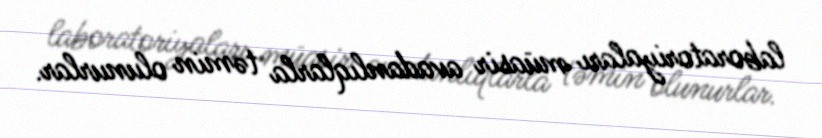
laboratoriyaları müasir avadanlıqlarla təmin olunurlar.